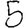
Digit: 5